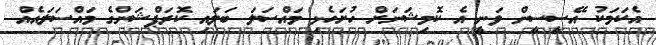
އެކަމަކު އޭސީސީން ވަނީ އެ ކޮމިޝަނަށް ހުށަހެޅި މައްސަަލަ ބަލައި ކޮރަޕްޝަންގެ މައްސަލައެއް